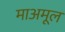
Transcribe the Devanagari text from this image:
माअमूल